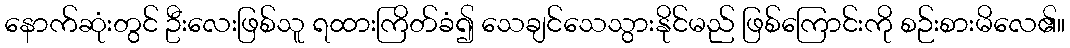
နောက်ဆုံးတွင် ဦးလေးဖြစ်သူ ရထားကြိတ်ခံ၍ သေချင်သေသွားနိုင်မည် ဖြစ်ကြောင်းကို စဉ်းစားမိလေ၏။